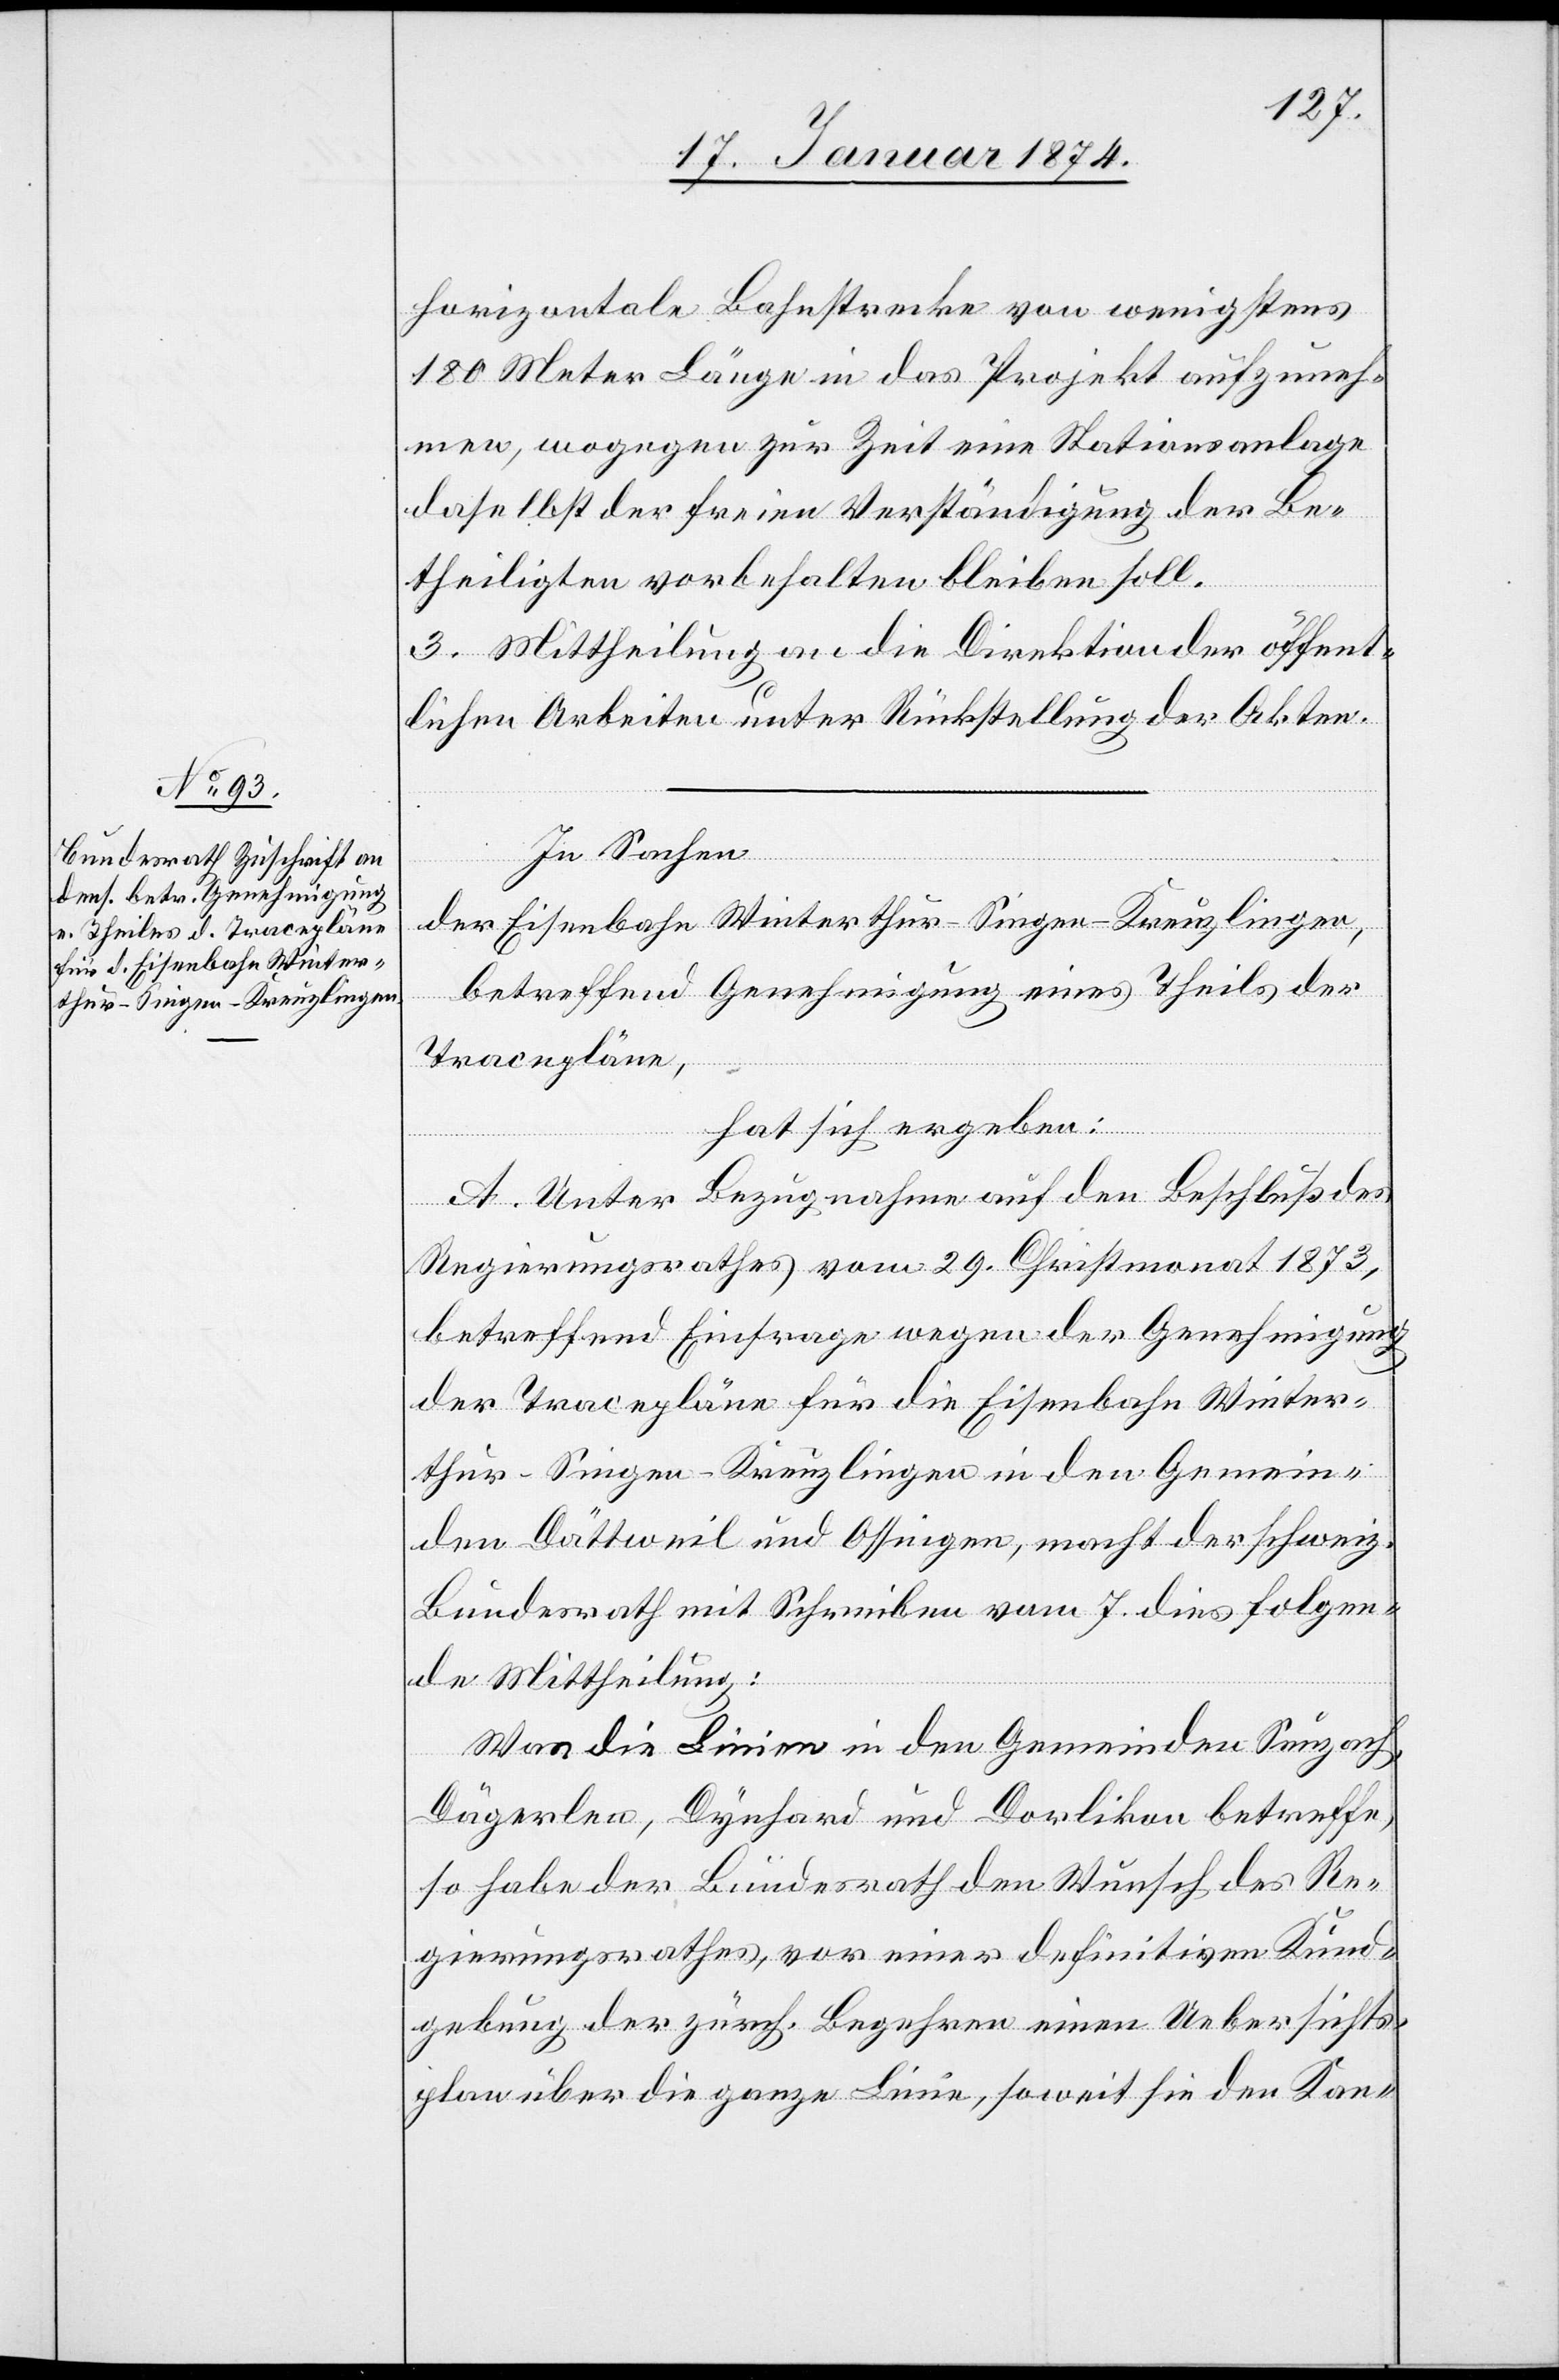
horizontale Bahnstrecke von wenigstens
180 Meter Länge in das Projekt aufzuneh¬
men, wogegen zur Zeit eine Stationsanlage
daselbst der freien Verständigung der Be¬
theiligten vorbehalten bleiben soll.
3. Mittheilung an die Direktion der öffent¬
lichen Arbeiten unter Rückstellung der Akten.
In Sachen
der Eisenbahn Winterthur-Singen-Kreuzlingen,
betreffend Genehmigung eines Theils der
Tracepläne,
hat sich ergeben:
A. Unter Bezugnahme auf den Beschluß des
Regierungsrathes vom 29. Christmonat 1873,
betreffend Einfrage wegen der Genehmigung
der Tracepäne für die Eisenbahn Winter¬
thur-Singen-Kreuzlingen in den Gemein¬
den Dättweil und Ossingen, macht der schweiz.
Bundesrath mit Schreiben vom 7. dies folgen¬
de Mittheilung:
Was die Linien in den Gemeinden Seuzach,
Dägerlen, Dynhard und Dorlikon betreffe,
so habe der Bundesrath dem Wunsch des Re¬
gierungsrathes, vor einer definitiven Kund¬
gebung der zürch. Begehren einen Uebersichts¬
plan über die ganze Linie, soweit sie den Kan-